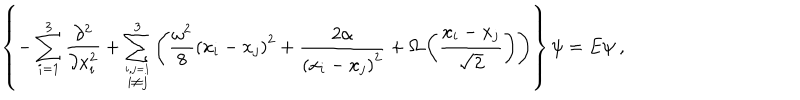
\left\{ - \sum _ { i = 1 } ^ { 3 } \frac { \partial ^ { 2 } } { \partial x _ { i } ^ { 2 } } + \sum _ { \stackrel { i , j = 1 } { i \neq j } } ^ { 3 } \left( { \frac { \omega ^ { 2 } } { 8 } } \left( x _ { i } - x _ { j } \right) ^ { 2 } + { \frac { 2 \alpha } { \left( x _ { i } - x _ { j } \right) ^ { 2 } } } + \Omega \left( \frac { x _ { i } - x _ { j } } { \sqrt { 2 } } \right) \right) \right\} \psi = E \psi ~ ,